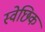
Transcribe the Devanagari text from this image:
स्वेछिक